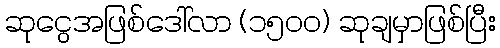
ဆုငွေအဖြစ်ဒေါ်လာ (၁၅၀၀) ဆုချမှာဖြစ်ပြီး